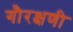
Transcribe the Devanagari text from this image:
गौरक्षणी